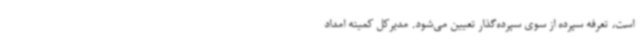
است، تعرفه سپرده از سوی سپرده‌گذار تعیین می‌شود. مدیرکل کمیته امداد